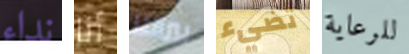
نداء أنا بيرالتا تضيء للرعاية